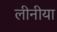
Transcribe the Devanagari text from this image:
लीनीया